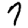
Digit: 7